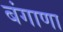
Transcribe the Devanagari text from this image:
बंगाणा